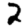
Digit: 2